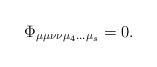
LaTeX: \begin{align*}\Phi_{\mu\mu\nu\nu\mu_4...\mu_s}=0.\end{align*}